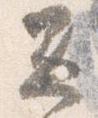
兼